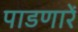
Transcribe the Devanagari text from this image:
पाडणारें